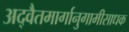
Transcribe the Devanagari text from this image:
अद्वैतमार्गानुगामीसाधक